Scottish Certificate of Education, 1963
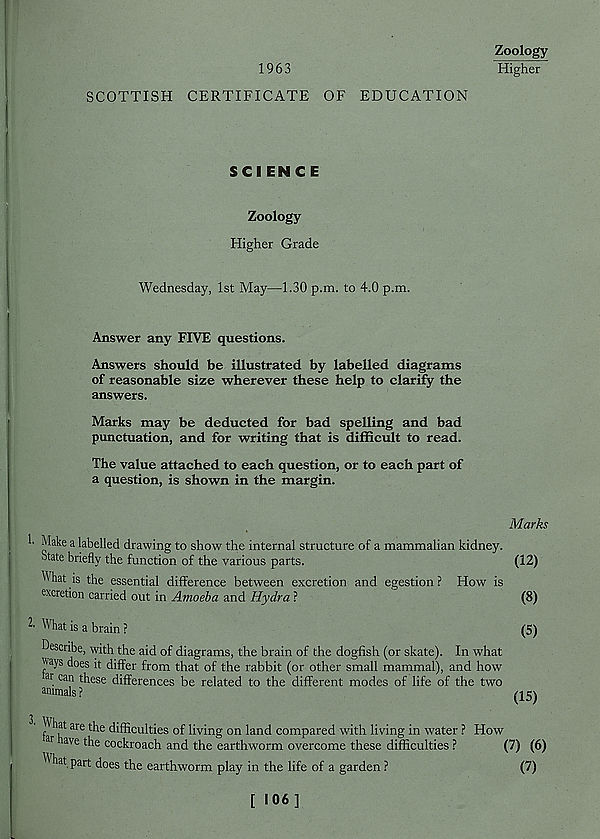
1963
Zoology
Higher
SCOTTISH CERTIFICATE OF EDUCATION
SCIEN C E
Zoology
Higher Grade
Wednesday, 1st May—1.30 p.m. to 4.0 p.m.
Answer any FIVE questions.
Answers should be illustrated by labelled diagrams
of reasonable size wherever these help to clarify the
answers.
Marks may be deducted for bad spelling and bad
punctuation, and for writing that is difficult to read.
The value attached to each question, or to each part of
a question, is shown in the margin.
Marks
I Make a labelled drawing to show the internal structure of a mammalian kidney.
State briefly the function of the various parts.
What is the essential difference between excretion and egestion ? How is
excretion carried out in Amoeba and Hydra ?
2 ' What is a brain ?
Describe, with the aid of diagrams, the brain of the dogfish (or skate). In what
''ays does it differ from that of the rabbit (or other small mammal), and how
at can these differences be related to the different modes of life of the two
animals ?
(12)
(8)
(5)
(IS)
h hat are the difficulties of living on land compared with living in water ? How
ar tave the cockroach and the earthworm overcome these difficulties ?
(7) (6)
hat part does the earthworm play in the life of a garden ?
(7)
[ 106]